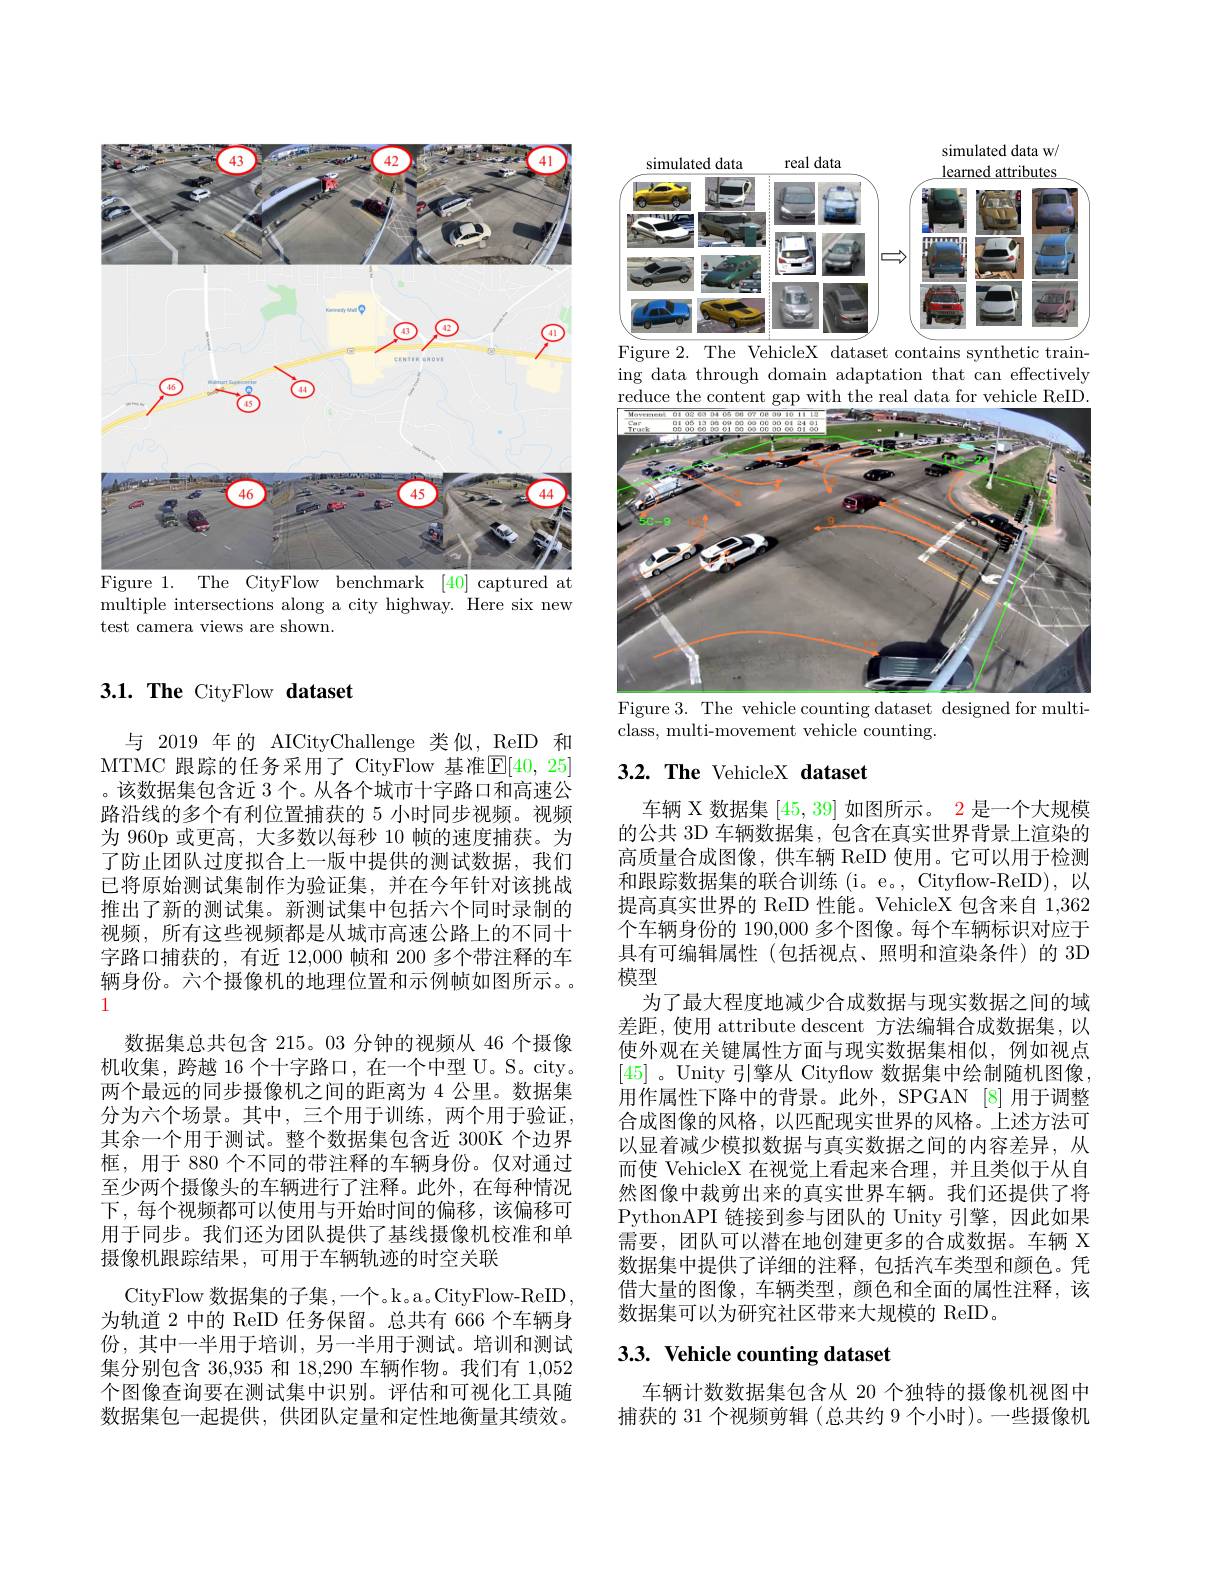
<FigureHere>
Figure 1. The CityFlow benchmark [40] captured at

multiple intersections along a city highway. Here six new
test camera views are shown.

## 3.1. The CityFlow dataset

与 2019 年的 AICityChallenge 类似，ReID 和MTMC 跟踪的任务采用了 CityFlow 基准$\mathbb{E}[40,25]$ 。该数据集包含近 3 个。从各个城市十字路口和高速公路沿线的多个有利位置捕获的 5 小时同步视频。视频为 960p 或更高，大多数以每秒 10 帧的速度捕获。为了防止团队过度拟合上一版中提供的测试数据，我们已将原始测试集制作为验证集，并在今年针对该挑战推出了新的测试集。新测试集中包括六个同时录制的视频，所有这些视频都是从城市高速公路上的不同十字路口捕获的，有近 12,000 帧和 200 多个带注释的车辆身份。六个摄像机的地理位置和示例帧如图所示。1
数据集总共包含 215。03 分钟的视频从 46 个摄像机收集，跨越 16 个十字路口，在一个中型 U。S。city。两个最远的同步摄像机之间的距离为 4 公里。数据集分为六个场景。其中，三个用于训练，两个用于验证， 其余一个用于测试。整个数据集包含近 300K 个边界框，用于 880 个不同的带注释的车辆身份。仅对通过至少两个摄像头的车辆进行了注释。此外，在每种情况下，每个视频都可以使用与开始时间的偏移，该偏移可用于同步。我们还为团队提供了基线摄像机校准和单摄像机跟踪结果，可用于车辆轨迹的时空关联
CityFlow 数据集的子集，一个。k。a。CityFlow-ReID 为轨道 2 中的 ReID 任务保留。总共有 666 个车辆身份，其中一半用于培训，另一半用于测试。培训和测试集分别包含 36,935 和 18,290 车辆作物。我们有 1,052个图像查询要在测试集中识别。评估和可视化工具随数据集包一起提供，供团队定量和定性地衡量其绩效。

simulated data w/
<FigureHere>

Figure 2. The VehicleX dataset contains synthetic train-

ing data through domain adaptation that can effectively reduce the content gap with the real data for vehicle ReID.

<FigureHere>
Figure 3. The vehicle counting dataset designed for multi-

$\bar{\text{class, multi-movement vehicle counting}}$

## $3. 2. \textbf{ The VehicleX dataset}$

车辆 X 数据集[45,39]如图所示。2 是一个大规模的公共 3D 车辆数据集，包含在真实世界背景上渲染的高质量合成图像，供车辆 ReID 使用。它可以用于检测和跟踪数据集的联合训练 (i。e。, Cityflow-ReID), 以提高真实世界的 ReID 性能。VehicleX 包含来自 1,362个车辆身份的 190,000 多个图像。每个车辆标识对应于具有可编辑属性(包括视点、照明和渲染条件)的 3D 模型
为了最大程度地减少合成数据与现实数据之间的域差距，使用 attribute descent 方法编辑合成数据集，以使外观在关键属性方面与现实数据集相似，例如视点[45] 。Unity 引擎从 Cityflow 数据集中绘制随机图像， 用作属性下降中的背景。此外，SPGAN [8] 用于调整合成图像的风格，以匹配现实世界的风格。上述方法可以显着减少模拟数据与真实数据之间的内容差异，从而使 VehicleX 在视觉上看起来合理，并且类似于从自然图像中裁剪出来的真实世界车辆。我们还提供了将PythonAPI 链接到参与团队的 Unity 引擎，因此如果需要，团队可以潜在地创建更多的合成数据。车辆 X 数据集中提供了详细的注释，包括汽车类型和颜色。凭借大量的图像，车辆类型，颜色和全面的属性注释，该数据集可以为研究社区带来大规模的 ReID。

## 3.3. Vehicle counting dataset

车辆计数数据集包含从 20 个独特的摄像机视图中捕获的 31 个视频剪辑 (总共约 9 个小时)。一些摄像机